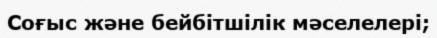
Соғыс және бейбітшілік мәселелері;